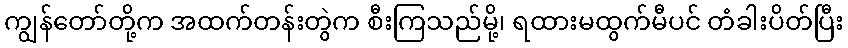
ကျွန်တော်တို့က အထက်တန်းတွဲက စီးကြသည်မို့၊ ရထားမထွက်မီပင် တံခါးပိတ်ပြီး